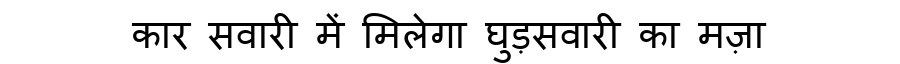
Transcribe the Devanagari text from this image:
कार सवारी में मिलेगा घुड़सवारी का मज़ा